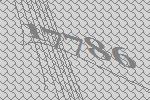
17786